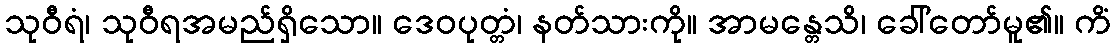
သုဝီရံ၊ သုဝီရအမည်ရှိသော။ ဒေဝပုတ္တံ၊ နတ်သားကို။ အာမန္တေသိ၊ ခေါ်တော်မူ၏။ ကိံ